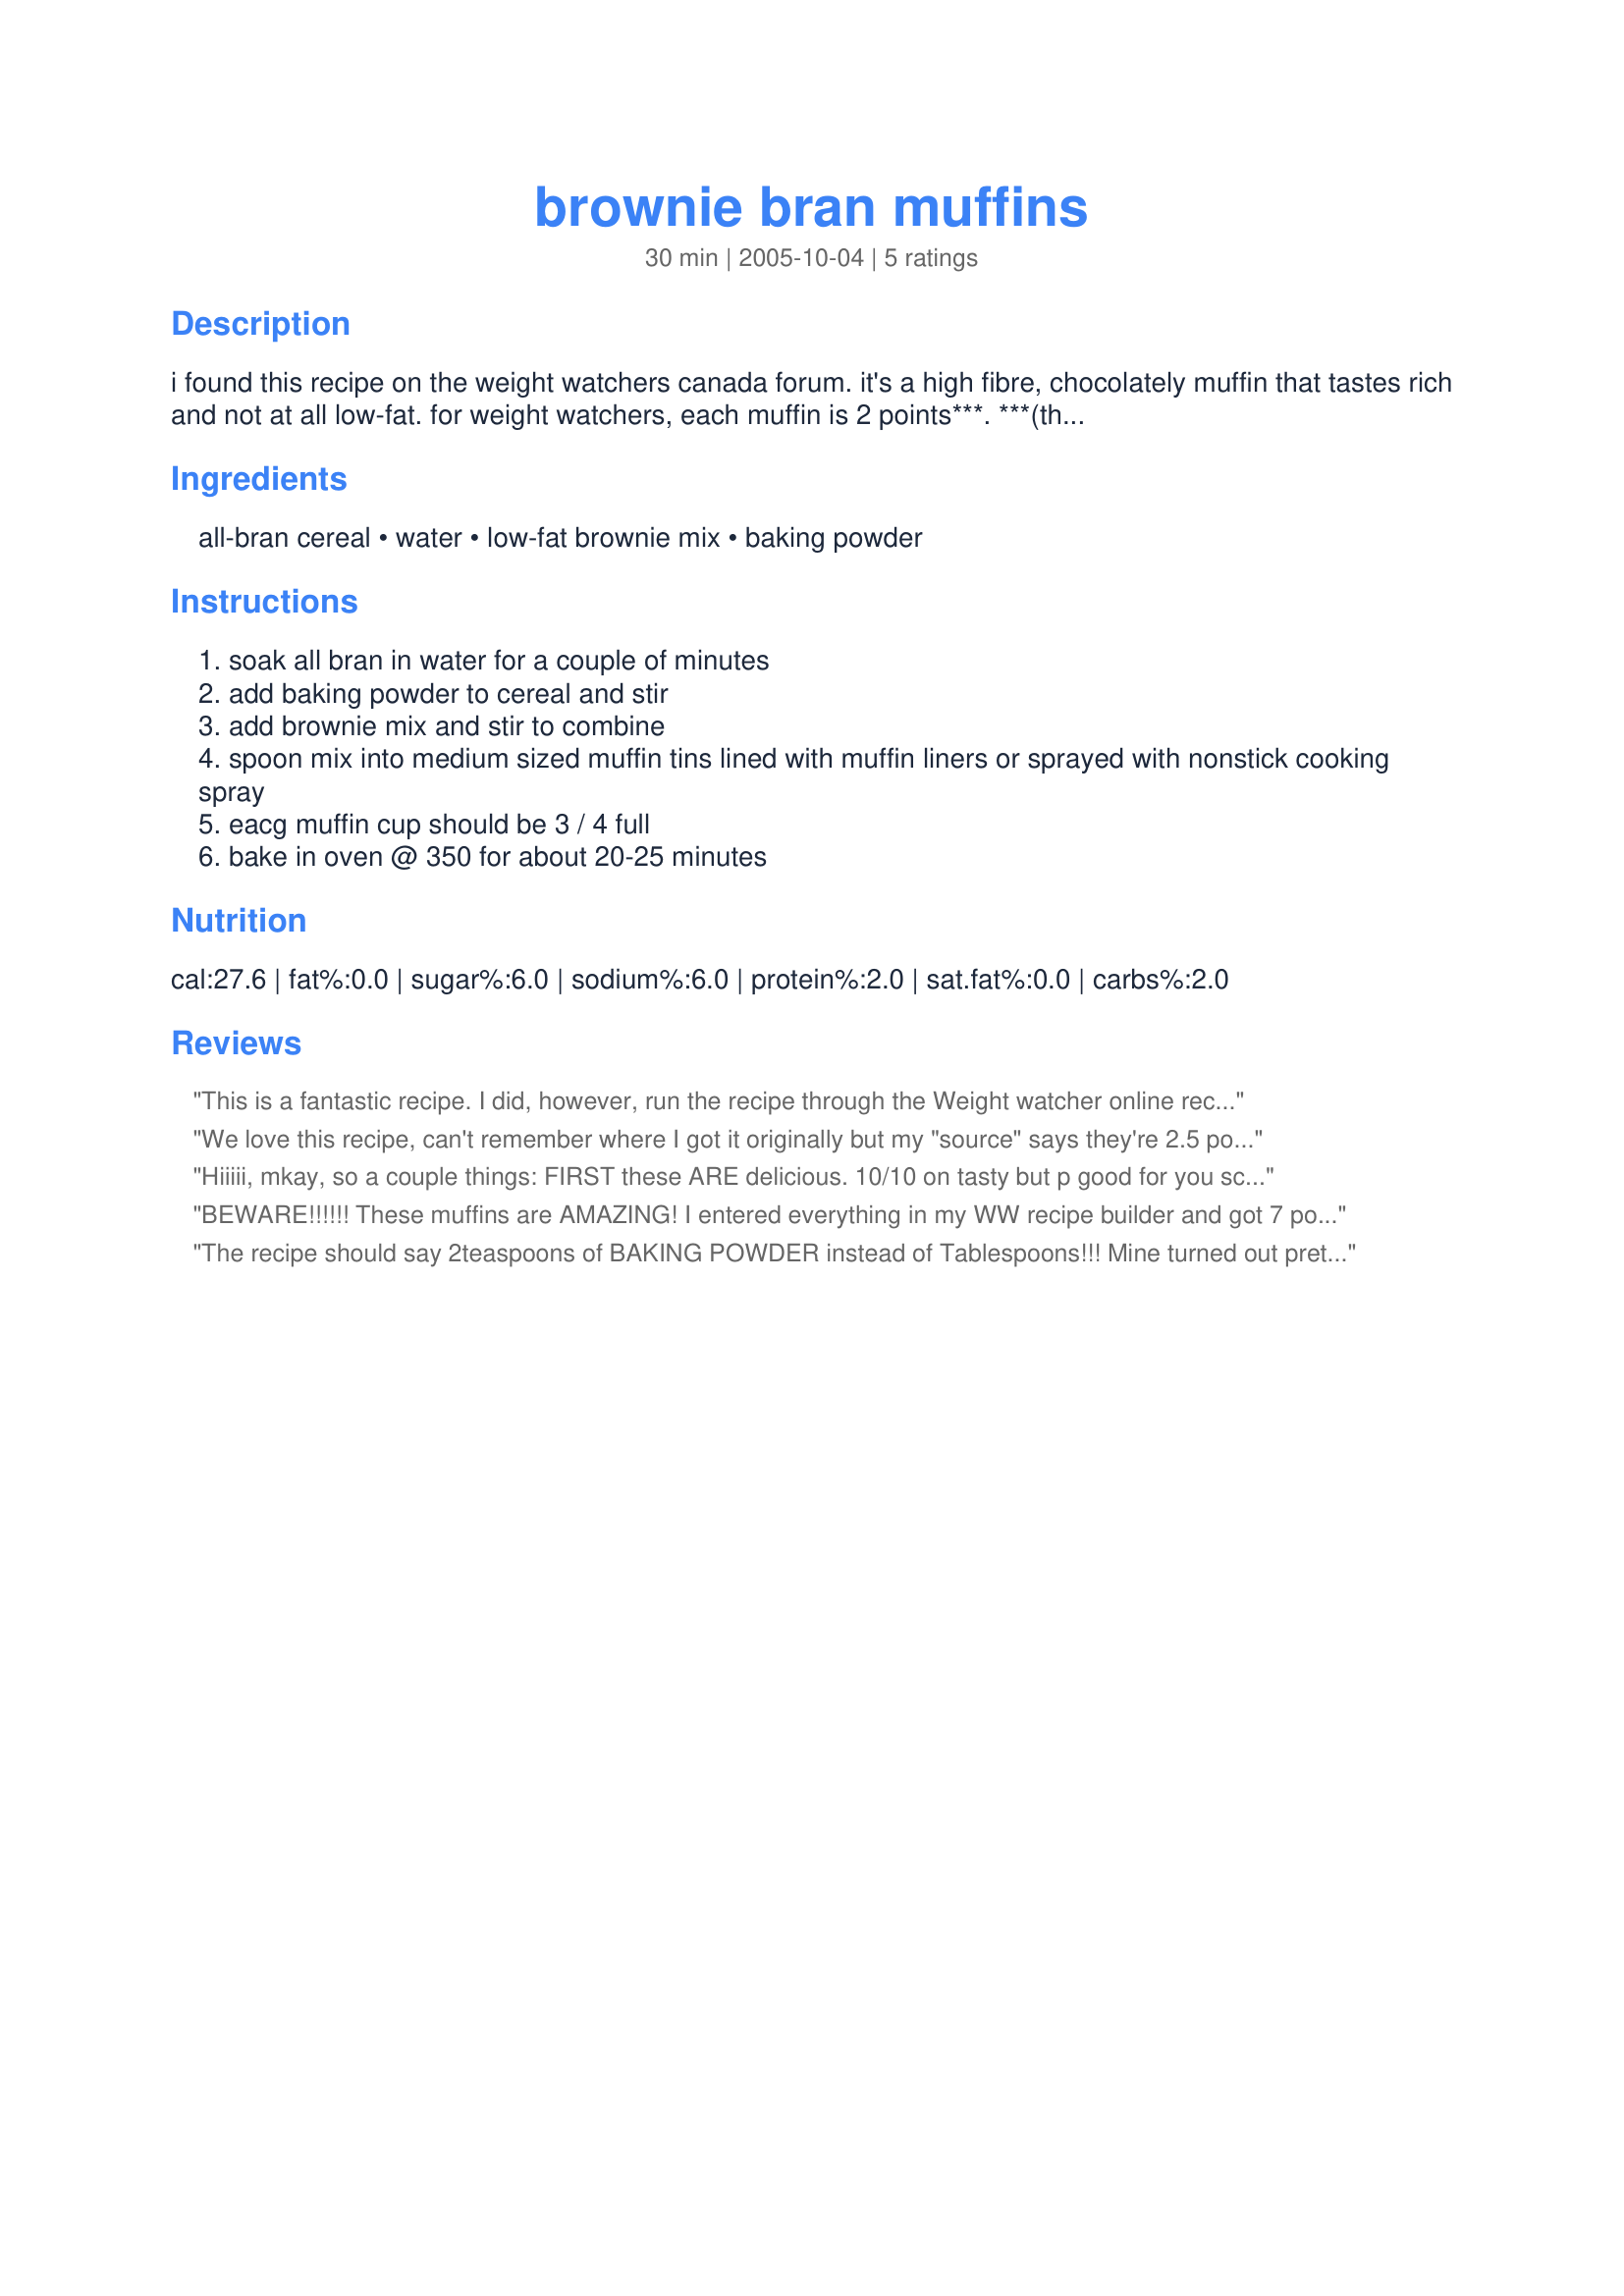
brownie bran muffins
Preparation time: 30 minutes

i found this recipe on the weight watchers canada forum. it's a high fibre, chocolately muffin that tastes rich and not at all low-fat. for weight watchers, each muffin is 2 points***.

***(they're 7 points according to the smart points calculator and roughly 150 calories each.)

Ingredients:
all-bran cereal, water, low-fat brownie mix, baking powder

Steps:
soak all bran in water for a couple of minutes
add baking powder to cereal and stir
add brownie mix and stir to combine
spoon mix into medium sized muffin tins lined with muffin liners or sprayed with nonstick cooking spray
eacg muffin cup should be 3 / 4 full
bake in oven @ 350 for about 20-25 minutes

Reviews:
This is a fantastic recipe. I did, however, run the recipe through the Weight watcher online recipe builder and know that if you make this recipe into 18 NOT 12 muffins they are 2 points per muffin. Made into 12 muffins (the tins would have overflowed if I tried) each muffin would be 3 points.

I was looking for a healthy alternative to get my chocolate fix as a Weight watcher member. I had tried a chocolate cake/pumpkin recipe but was very disappointed in the results.

Although this is a "sturdier" muffin than a plain chocolate cake muffin, it is not "fiber" tasting at all. I bake and then freeze a batch and carry them in my lunch almost every day and never tire of them.
We love this recipe, can't remember where I got it originally but my "source" says they're 2.5 points each. Anyway, they're great, very soft and moist!
Hiiiii, mkay, so a couple things: FIRST these ARE delicious. 10/10 on tasty but p good for you scale. Second, they are not as low calorie as you think. A box of Betty Crocker low fat brownie mix has about 2340 calories in it. (I used one that wasn't low fat and had 2240 calories in it and I'm using it in all my calculations. They're very similar TBH). 3 cups of allbran cereal has 480 calories in it. SO if you add those together and then make 18 muffins, each muffin is about 150 calories. Not 28. If you are calculating weight watchers points, these have changed drastically over the years! AND There are calculators online. WHOOP! MAGIC! No need to rely on your &quot;mystery source,&quot; MATH does the trick! These are 7 points each, not 2 points each. This makes sense considering the old point system considers, for instance, 1 2 oz. egg 2 points and the new system counts about half a chicken breast as 2 points while a glass of whole milk is considered 7 points. The calculation is based on calories, saturated fats, sugars and proteins. For the full recipe: 2720 calories, 308 g sugar, 32 g saturated fats, and 28 g protein. Put it all together and what do ya got!? 126 points for the full batch! That's 7 points for 1/18th of the batch! So, overall a good recipe and a healthier alternative to real brownies, but don't go ahead and think you can eat 5 of these and be in the green zone for your calorie/points goal for the day. Also, probably rely on the hard calorie count and nutritional CONTENT of food rather than weight watches because all together it seems like it's easy to be misled.
BEWARE!!!!!! These muffins are AMAZING! I entered everything in my WW recipe builder and got 7 points each when you make 18 muffins. I had a friend do the same thing and that's what she got too! I knew they tasted too good to be 2 Points! I also only used 2 TEASPOONS Of baking powder.
The recipe should say 2teaspoons of BAKING POWDER instead of Tablespoons!!! Mine turned out pretty good, I added a few semi-sweet chocolate chips also. I will make these again for sure, but if you are expecting the same taste and texture as regular brownies you will be disappointed. Perfect for those watching their weight though! I froze most of them to eat one at a time also.
